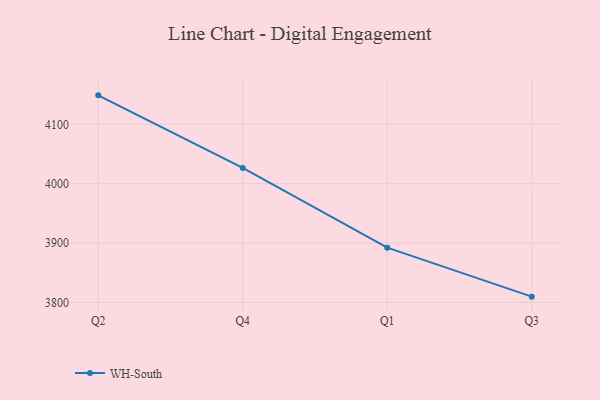
{"axis": {"x": "Quarter", "y": "Gross Profit (USD K)"}, "legend": ["WH-South"], "data": [{"x": "Q2", "y": 4148.8, "type": "WH-South"}, {"x": "Q4", "y": 4026.5, "type": "WH-South"}, {"x": "Q1", "y": 3892.2, "type": "WH-South"}, {"x": "Q3", "y": 3809.6, "type": "WH-South"}]}